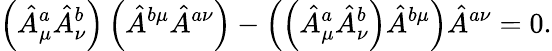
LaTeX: \left(\hat{A}_{\mu}^{a}\hat{A}_{\nu}^{b}\right)\left(\hat{A}^{b\mu}\hat{A}^{a\nu}\right)-\left(\left(\hat{A}_{\mu}^{a}\hat{A}_{\nu}^{b}\right)\hat{A}^{b\mu}\right)\hat{A}^{a\nu}=0.